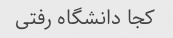
کجا دانشگاه رفتی